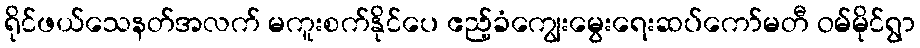
ရိုင်ဖယ်သေနတ်အလက် မကူးစက်နိုင်ပေ ဧည့်ခံကျွေးမွေးရေးဆပ်ကော်မတီ ဝမ်မိုင်ရွာ